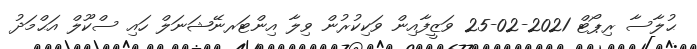
ޙުލާސާ ރިޕޯޓް 2021-02-25 ވަޒީފާއިން ވަކިކުރުން ވިލާ އިންޓަރނޭޝަނަލް ހައި ސްކޫލް އަޙްމަދު